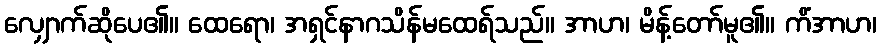
လျှောက်ဆိုပေ၏။ ထေရော၊ အရှင်နာဂသိန်မထေရ်သည်။ အာဟ၊ မိန့်တော်မူ၏။ ကိံအာဟ၊